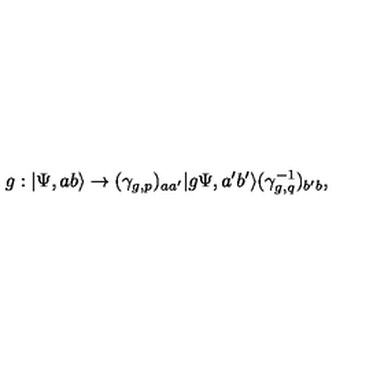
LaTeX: g : | \Psi , a b \rangle \to ( \gamma _ { g , p } ) _ { a a ^ { \prime } } | g \Psi , a ^ { \prime } b ^ { \prime } \rangle ( \gamma _ { g , q } ^ { - 1 } ) _ { b ^ { \prime } b } ,